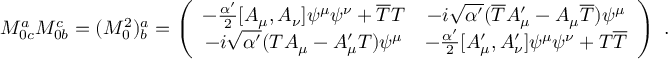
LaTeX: M _ { 0 c } ^ { a } M _ { 0 b } ^ { c } = ( M _ { 0 } ^ { 2 } ) _ { b } ^ { a } = \left( \begin{array} { c c } { { - \frac { \alpha ^ { \prime } } { 2 } [ A _ { \mu } , A _ { \nu } ] \psi ^ { \mu } \psi ^ { \nu } + \overline { { { T } } } T } } & { { - i \sqrt { \alpha ^ { \prime } } ( \overline { { { T } } } A _ { \mu } ^ { \prime } - A _ { \mu } \overline { { { T } } } ) \psi ^ { \mu } } } \\ { { - i \sqrt { \alpha ^ { \prime } } ( T A _ { \mu } - A _ { \mu } ^ { \prime } T ) \psi ^ { \mu } } } & { { - \frac { \alpha ^ { \prime } } { 2 } [ A _ { \mu } ^ { \prime } , A _ { \nu } ^ { \prime } ] \psi ^ { \mu } \psi ^ { \nu } + T \overline { { { T } } } } } \end{array} \right) \ .